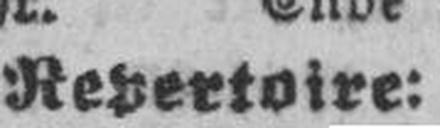
Repertoire: